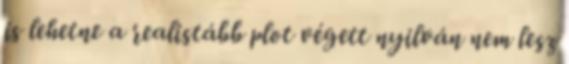
is lehetne a realistább plot végett nyilván nem lesz